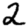
Digit: 2